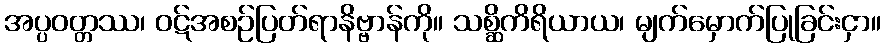
အပ္ပဝတ္တဿ၊ ဝဋ်အစဉ်ပြတ်ရာနိဗ္ဗာန်ကို။ သစ္ဆိကိရိယာယ၊ မျက်မှောက်ပြုခြင်းငှာ။